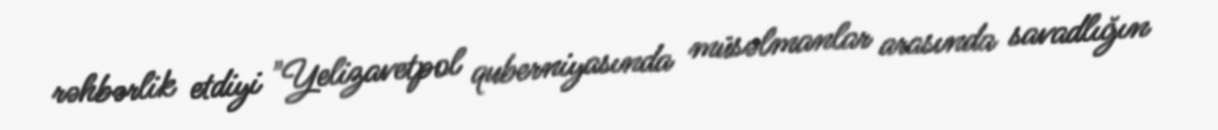
rəhbərlik etdiyi "Yelizavetpol quberniyasında müsəlmanlar arasında savadlığın